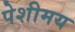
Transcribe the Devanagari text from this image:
पेशीमय